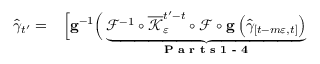
\begin{array} { r l } { \widehat { \gamma } _ { t ^ { \prime } } = } & { { } \Big [ \mathbf { g } ^ { - 1 } \Big ( \underbrace { \mathcal { F } ^ { - 1 } \circ \overline { { \mathcal { K } } } _ { \varepsilon } ^ { t ^ { \prime } - t } \circ \mathcal { F } \circ \mathbf { g } \left( \widehat { \gamma } _ { \left[ t - m \varepsilon , t \right] } \right) } _ { \textbf { P a r t s 1 - 4 } } } \end{array}